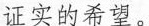
证实的希望。